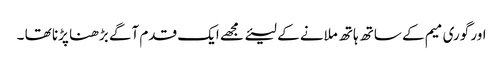
اور گوری میم کے ساتھ ہاتھ ملانے کے لیئے مجھے ایک قدم آگے بڑھنا پڑنا تھا ۔